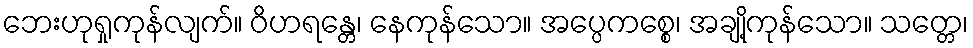
ဘေးဟုရှုကုန်လျက်။ ဝိဟရန္တေ၊ နေကုန်သော။ အပ္ပေကစ္စေ၊ အချို့ကုန်သော။ သတ္တေ၊